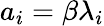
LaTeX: a_{i}=\beta\lambda_{i}